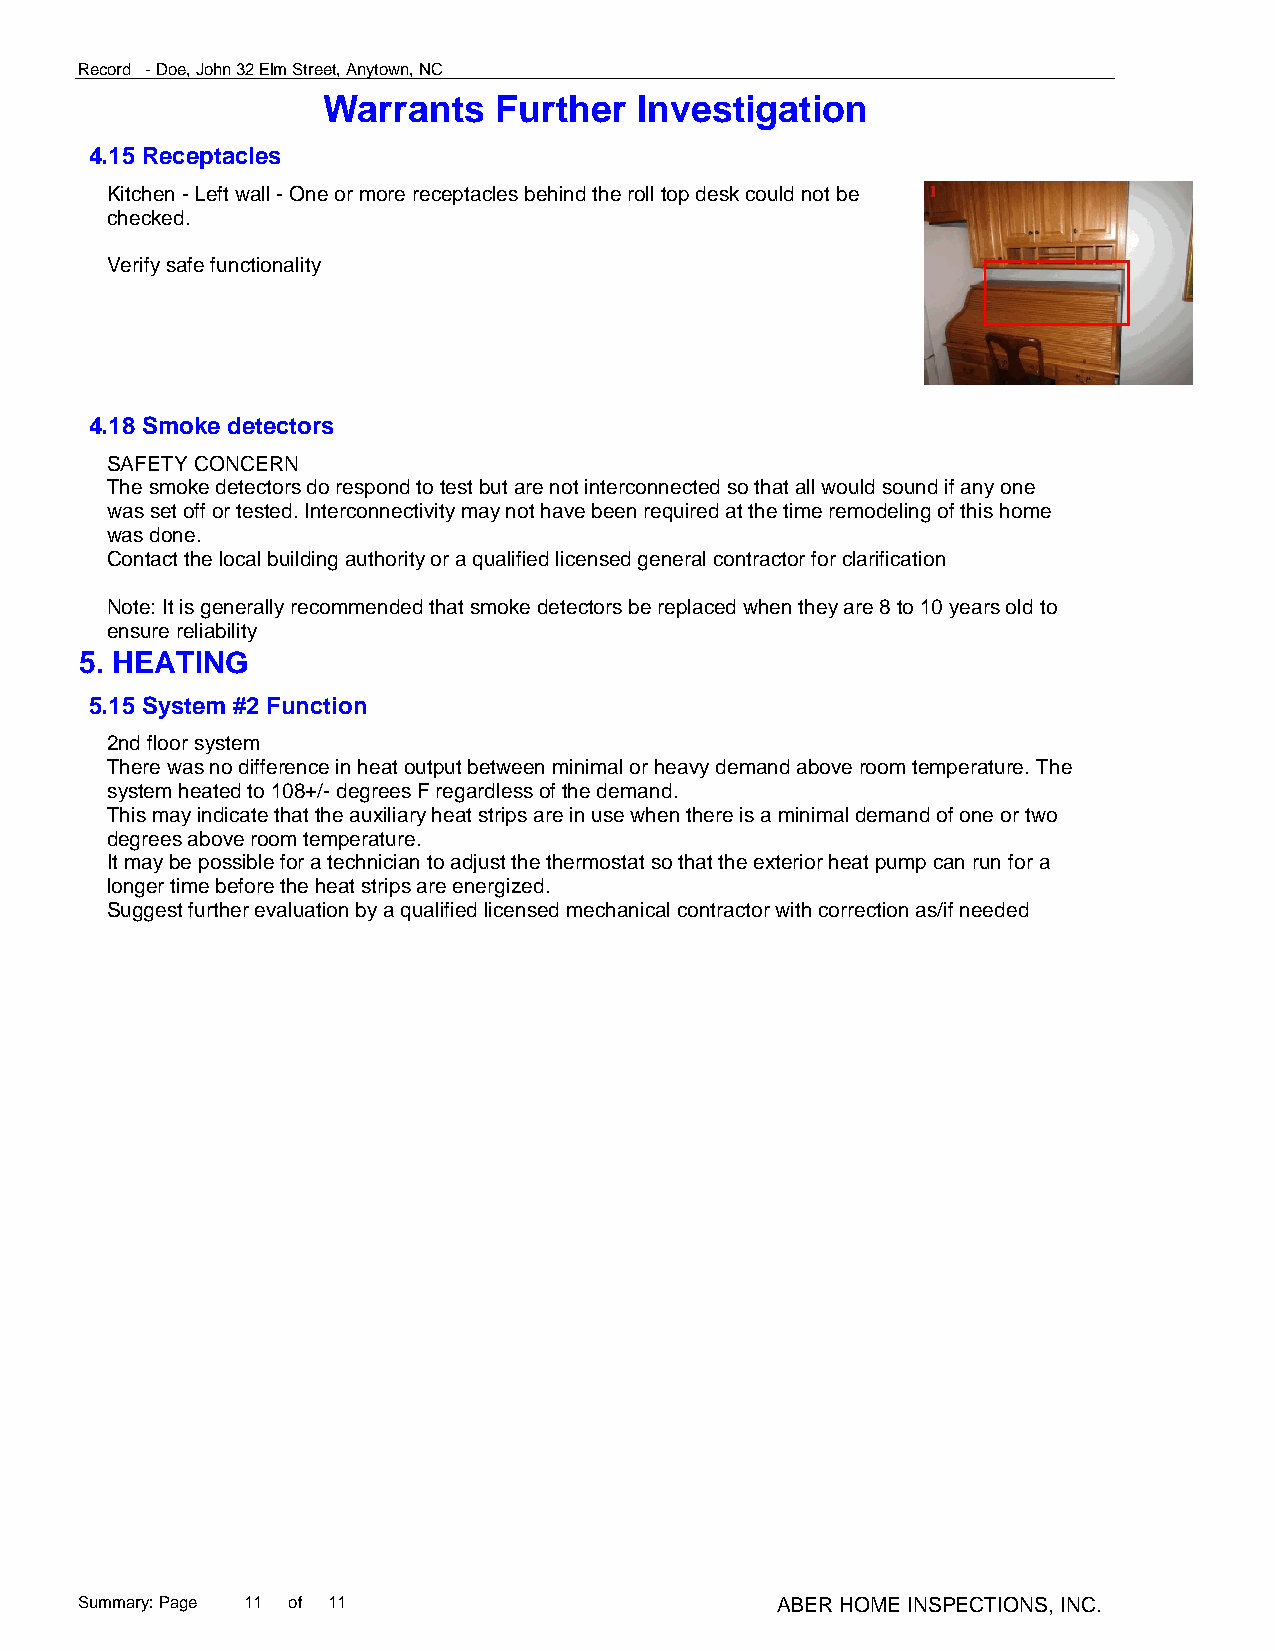
Record - Doe, John 32 Elm Street, Anytown, NC
 Warrants    Further  Investigation
 4.15 Receptacles
 Kitchen - Left wall - One or more receptacles behind the roll top desk could not be
 checked.
 Verify safe functionality
 4.18 Smoke detectors
 SAFETY CONCERN
 The smoke detectors do respond to test but are not interconnected so that all would sound if any one
 was set off or tested. Interconnectivity may not have been required at the time remodeling of this home
 was done.
 Contact the local building authority or a qualified licensed general contractor for clarification
 Note: It is generally recommended that smoke detectors be replaced when they are 8 to 10 years old to
 ensure reliability
 5. HEATING
 5.15 System #2 Function
 2nd floor system
 There was no difference in heat output between minimal or heavy demand above room temperature. The
 system heated to 108+/- degrees F regardless of the demand.
 This may indicate that the auxiliary heat strips are in use when there is a minimal demand of one or two
 degrees above room temperature.
 It may be possible for a technician to adjust the thermostat so that the exterior heat pump can run for a
 longer time before the heat strips are energized.
 Suggest further evaluation by a qualified licensed mechanical contractor with correction as/if needed
 Summary: Page 11 of 11                        ABER HOME INSPECTIONS, INC.